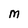
Character: M